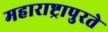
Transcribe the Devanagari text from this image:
महाराष्ट्रापुरते